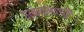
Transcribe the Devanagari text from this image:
उत्कंठामाधुरी